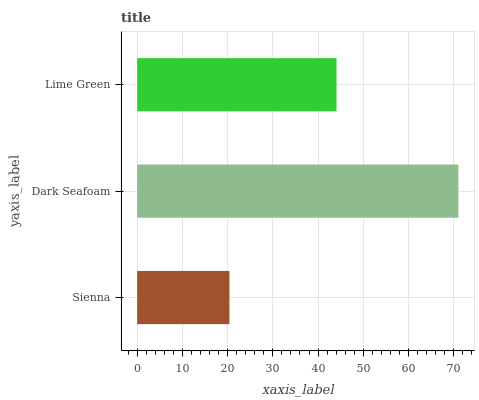
| yaxis_label | bars |
 | --- | --- |
 | Sienna | 20.4 |
 | Dark Seafoam | 71 |
 | Lime Green | 44.1 |